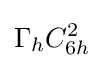
\Gamma _{h}C_{6h}^{2}